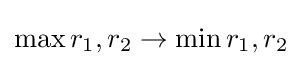
\max r_{1},r_{2}\rightarrow \min r_{1},r_{2}